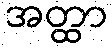
အတ္ထာ